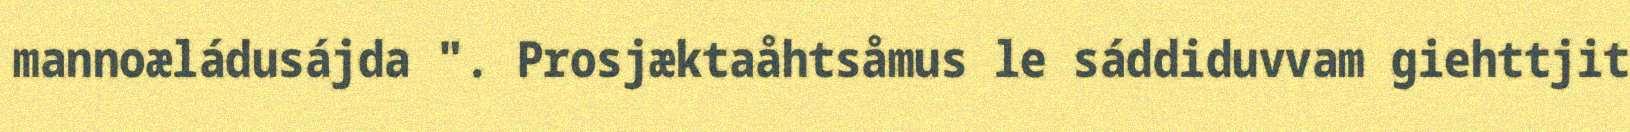
mannoæládusájda ". Prosjæktaåhtsåmus le sáddiduvvam giehttjit